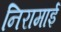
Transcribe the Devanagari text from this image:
निरामाई